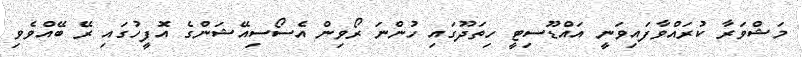
މަޝްވަރާ ކުރައްވާފައިވަނީ އައްޑޫސިޓީ ހިތަދޫގައި ހުންނަ ރޯވިން އެސޯސިއޭޝަންގެ އޮފީހުގައި ރޭ ބޭއްވެވި